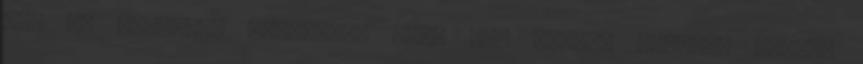
azt is közölte: amellett, hogy fél órával később, vagyis